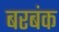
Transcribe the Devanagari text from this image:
बरबंक